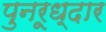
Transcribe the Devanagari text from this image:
पुनरूध्दार